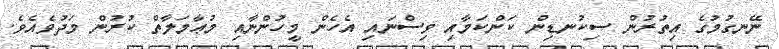
ނޭނގުމުގެ އިތުރުން ސިކުނޑިން ކަންކަމާއި ވިސްނައި އެހެން މީހުންނާއި މުޢާމަލާތް ކުރުން މަދުވެއެވެ.